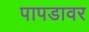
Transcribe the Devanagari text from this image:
पापडावर